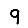
Digit: 9